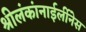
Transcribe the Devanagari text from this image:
श्रीलंकांनाईर्लीनेस